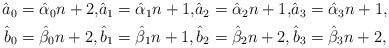
\begin{align*}\begin{alignedat}{4}\hat a_0&=\hat\alpha_0n+2, &\hat a_1&=\hat\alpha_1n+1, &\hat a_2&=\hat\alpha_2n+1, &\hat a_3&=\hat\alpha_3n+1,\\\hat b_0&=\hat\beta_0n+2, &\hat b_1&=\hat\beta_1n+1, &\hat b_2&=\hat\beta_2n+2, &\hat b_3&=\hat\beta_3n+2,\end{alignedat}\end{align*}